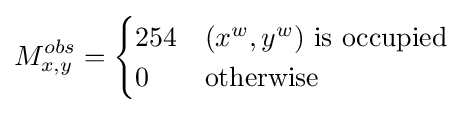
M_{x,y}^{obs}={\begin{cases}254&(x^{w},y^{w}){\text{ is occupied}}\\0&{\text{otherwise}}\end{cases}}\;